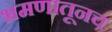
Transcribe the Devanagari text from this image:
भ्रमणातूनच